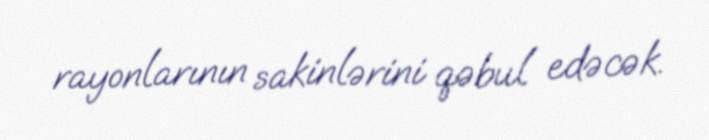
rayonlarının sakinlərini qəbul edəcək.